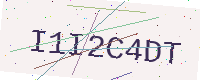
Text: I1I2C4DT